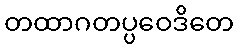
တထာဂတပ္ပဝေဒိတေ